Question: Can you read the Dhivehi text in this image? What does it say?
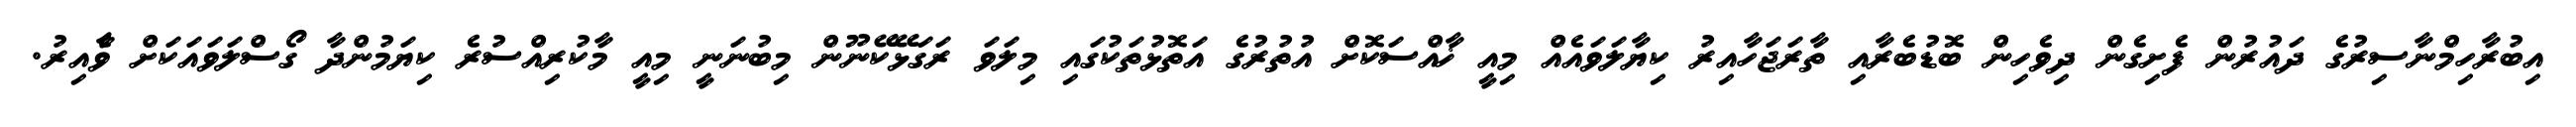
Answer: އިބުރާހިމްނާސިރުގެ ދައުރުން ފެށިގެން ދިވެހިން ބޮޑުބެރާއި ތާރަޖަހާއިރު ކިޔާލަވައެއް މިއީ ޚާއްސަކޮށް އުތުރުގެ އަތޮޅުތަކުގައި މިލަވަ ރަގަޅޭކޭނޫން މިބުނަނީ މިއީ މާކުރިއްސުރެ ކިޔަމުންދާ ގޯސްލަވައަކަށް ވާެއިރު.